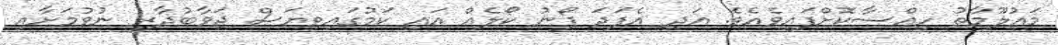
މައުލޫމާތު ހިއްސާކޮށްފައިވެއެވެ. އަދި އެފަދަ ފޯނު ކޯލެއް އައި ކަމުގައިވިޔަސް ޖަވާބުދާރީ ނުވުމަށާއި